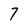
Character: 7